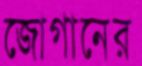
জোগানের